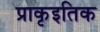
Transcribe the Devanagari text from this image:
प्राकृइतिक